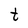
Character: t